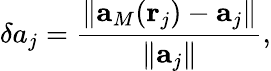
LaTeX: \delta a_{j}=\frac{\rVert\mathbf{a}_{M}(\mathbf{r}_{j})-\mathbf{a}_{j}\lVert}{\lVert\mathbf{a}_{j}\rVert},